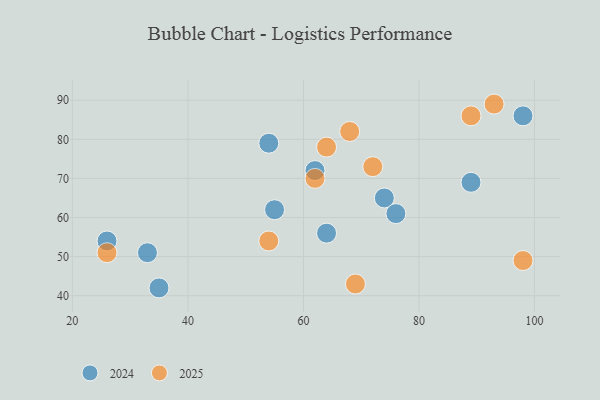
{"axis": {"x": "GDP", "y": "Life Expectancy"}, "legend": ["2024", "2025"], "data": [{"x": "62", "y": 70, "type": "2025"}, {"x": "68", "y": 82, "type": "2025"}, {"x": "93", "y": 89, "type": "2025"}, {"x": "64", "y": 78, "type": "2025"}, {"x": "98", "y": 49, "type": "2025"}, {"x": "54", "y": 54, "type": "2025"}, {"x": "69", "y": 43, "type": "2025"}, {"x": "89", "y": 86, "type": "2025"}, {"x": "72", "y": 73, "type": "2025"}, {"x": "26", "y": 51, "type": "2025"}, {"x": "54", "y": 79, "type": "2024"}, {"x": "64", "y": 56, "type": "2024"}, {"x": "33", "y": 51, "type": "2024"}, {"x": "26", "y": 54, "type": "2024"}, {"x": "55", "y": 62, "type": "2024"}, {"x": "35", "y": 42, "type": "2024"}, {"x": "74", "y": 65, "type": "2024"}, {"x": "98", "y": 86, "type": "2024"}, {"x": "76", "y": 61, "type": "2024"}, {"x": "62", "y": 72, "type": "2024"}, {"x": "89", "y": 69, "type": "2024"}]}